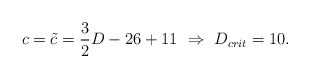
\begin{align*}c = \tilde c = \frac{3}{2} D - 26 + 11\ \Rightarrow\ D_{crit} = 10.\end{align*}